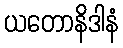
ယတောနိဒါနံ